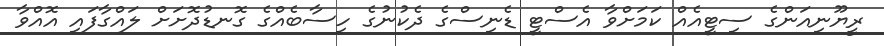
ރީޔޫނިއަންގެ ސިޓީއެއް ކަމަށްވާ އެސްޓީ ޑެނިސްގެ ދެކުނުގެ ހިސާބެއްގެ ގޮނޑުދޮށަށް ލައްގާފައި އޮއްވާ